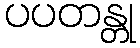
ပပတန္တု